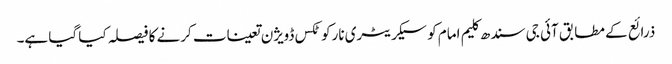
ذرائع کے مطابق آئی جی سندھ کلیم امام کو سیکریٹری نارکوٹکس ڈویژن تعینات کرنے کا فیصلہ کیا گیا ہے۔